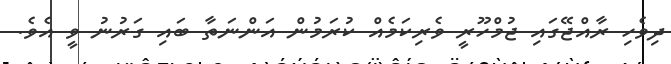
ދިވެހި ރާއްޖޭގައި ޖުމްހޫރީ ވެރިކަމެއް ކުރަމުން އަންނަތާ ބައި ގަރުނު ވީ އެވެ.